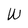
Character: W